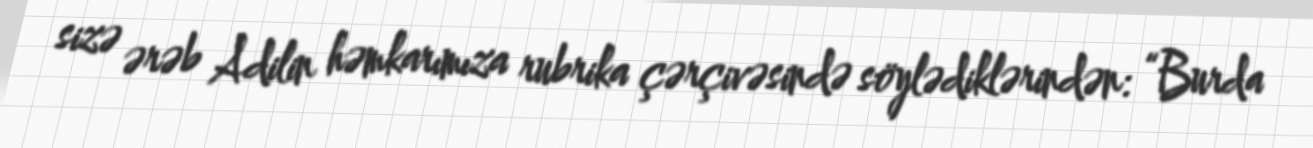
sizə ərəb Adilin həmkarımıza rubrika çərçivəsində söylədiklərindən: “Burda